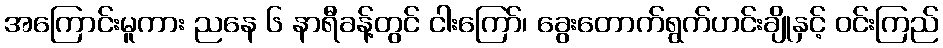
အကြောင်းမူကား ညနေ ၆ နာရီခန့်တွင် ငါးကြော်၊ ခွေးတောက်ရွက်ဟင်းချိုနှင့် ဝင်းကြည်